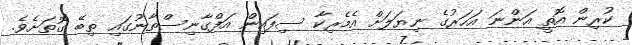
ކުރިން އޮތީ އަންނަ އަހަރުގެ ނިޔަލަށް އެމެރިކާ ސިފައިން އަފްގާނިސްތާނުގައި ތިބޭ ގޮތަށެވެ.